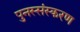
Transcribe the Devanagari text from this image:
पुनस्संस्करण